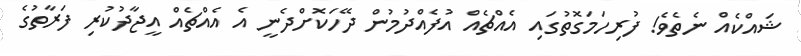
ޝައްކެއް ނެތެވެ! ފުރިހަމަގޮތުގައި އެއްޗެއް އުފެއްދުމުން ދޭހަކޮށްދެނީ އެ އެއްޗެއް އީޖާދުކުރި ފަރާތުގެ